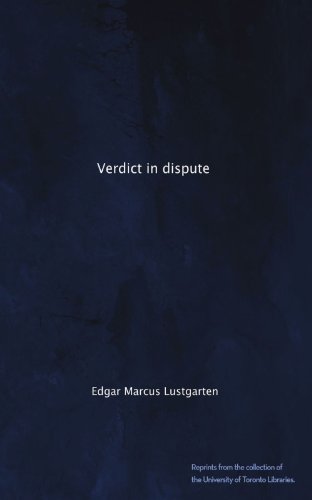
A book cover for Verdict in dispute; Edgar Marcus Lustgarten; Law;